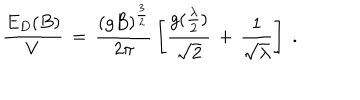
LaTeX: \frac { E _ { D } ( B ) } { V } \, = \, \frac { ( g B ) ^ { \frac { 3 } { 2 } } } { 2 \pi } \, \left[ \frac { g ( \frac { \lambda } { 2 } ) } { \sqrt { 2 } } \, + \, \frac { 1 } { \sqrt { \lambda } } \right] \; .